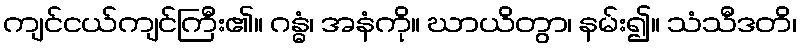
ကျင်ငယ်ကျင်ကြီး၏။ ဂန္ဓံ၊ အနံကို။ ဃာယိတွာ၊ နမ်း၍။ သံသီဒတိ၊